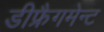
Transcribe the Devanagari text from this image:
डीफ्रैगमेन्ट